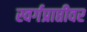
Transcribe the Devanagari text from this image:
स्वर्गप्राप्तीवर